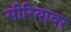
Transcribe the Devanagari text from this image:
सीरियावर